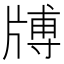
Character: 牔